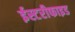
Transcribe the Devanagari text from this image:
ईस्टरीफाइड